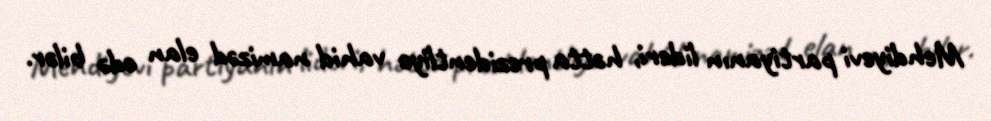
Mehdiyevi partiyanın lideri, hətta prezidentliyə vahid namizəd elan edə bilər.